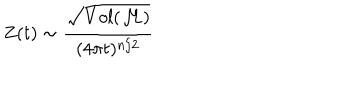
Z ( t ) \sim \frac { \sqrt { V o l ( { \cal M } ) } } { ( 4 \pi t ) ^ { n / 2 } }